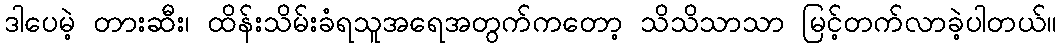
ဒါပေမဲ့ တားဆီး၊ ထိန်းသိမ်းခံရသူအရေအတွက်ကတော့ သိသိသာသာ မြင့်တက်လာခဲ့ပါတယ်။